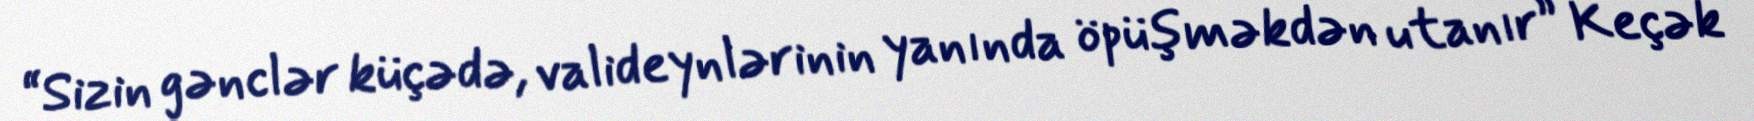
“Sizin gənclər küçədə, valideynlərinin yanında öpüşməkdən utanır” Keçək